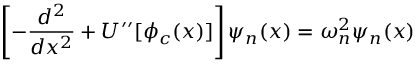
\left[ - \frac { d ^ { 2 } } { d x ^ { 2 } } + U ^ { \prime \prime } [ \phi _ { c } ( x ) ] \right] \psi _ { n } ( x ) = \omega _ { n } ^ { 2 } \psi _ { n } ( x )